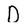
Character: D